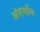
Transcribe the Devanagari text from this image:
अंतर्भोम